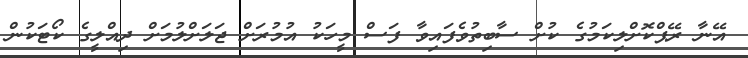
އޭނާ ރޭޕްކޮށްލިކަމުގެ ކުށް ސާބިތުވެފައިވާ ފަސް މީހަކު އުމުރަށް ޖަލަށްލުމަށް ދިއްލީގެ ކޯޓަކުން